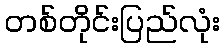
တစ်တိုင်းပြည်လုံး